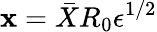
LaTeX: {\mathbf{x}}=\bar{{X}}R_{0}{\epsilon}^{1/2}